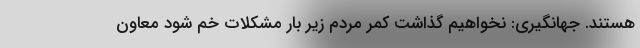
هستند. جهانگیری: نخواهیم گذاشت کمر مردم زیر بار مشکلات خم شود معاون